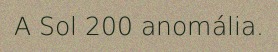
A Sol 200 anomália.